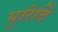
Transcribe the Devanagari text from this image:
मुरिदि